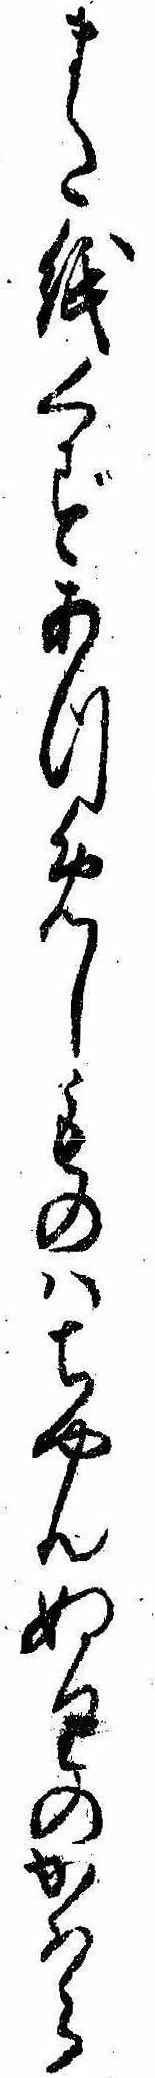
また紙くずあつめしものはちやんぬりのかはら